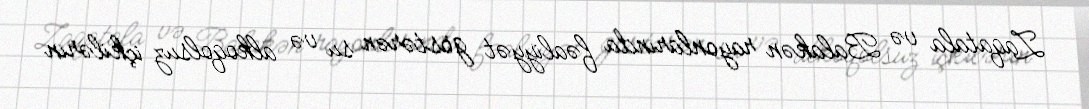
Zaqatala və Balakən rayonlarında fəaliyyət göstərən su və alkoqolsuz içkilərin